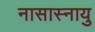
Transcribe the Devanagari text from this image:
नासास्नायु